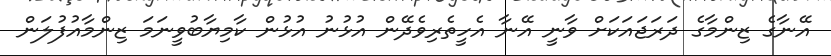
އޭނާގެ ޒިންމާގެ ދަރަޖައަކަށް ވާނީ އޭނާ އެހީތެރިވެދޭން އުޅުނު އުޅުން ކާމިޔާބުވީނަމަ ޒިންމާއުފުލަން